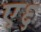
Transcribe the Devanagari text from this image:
ए६